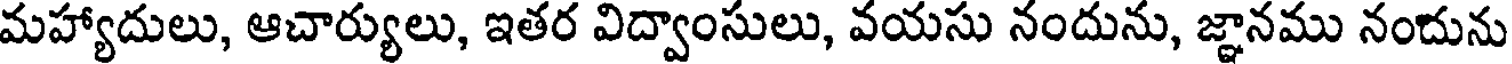
మహ్యాదులు, ఆచార్యులు, ఇతర విద్వాంసులు, వయసు నందును, జ్ఞానము నంచును